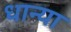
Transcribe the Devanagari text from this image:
धान्या